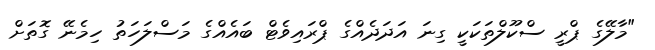
"މާލޭގެ ޕްރީ ސްކޫލްތަކަކީ ގިނަ އަދަދެއްގެ ޕްރައިވެޓް ބައެއްގެ މަސްލަހަތު ހިމެނޭ ގޮތަށް